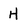
Character: H